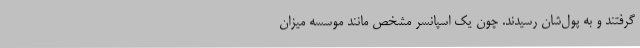
گرفتند و به پول‌شان رسیدند. چون یک اسپانسر مشخص مانند موسسه میزان